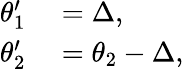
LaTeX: \begin{array}{rl}{\theta_{1}^{\prime}}&{{}=\Delta,}\\ {\theta_{2}^{\prime}}&{{}=\theta_{2}-\Delta,}\end{array}